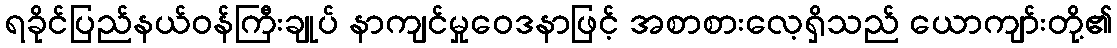
ရခိုင်ပြည်နယ်ဝန်ကြီးချုပ် နာကျင်မှုဝေဒနာဖြင့် အစာစားလေ့ရှိသည် ယောကျာ်းတို့၏